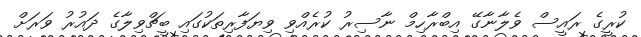
ކުރީގެ ރައީސް ވެލާނާގޭ އިބްރާހިމް ނާސިރު ކުރެއްވި ވިޔަފާރިތަކުގައި ބީޗްވިލާގެ ދައުރު ވަރަށް